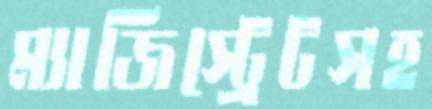
ম্যাজিস্ট্রেটসহ